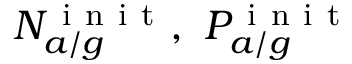
N _ { a / g } ^ { \mathrm { ~ i ~ n ~ i ~ t ~ } } , \ P _ { a / g } ^ { \mathrm { ~ i ~ n ~ i ~ t ~ } }